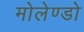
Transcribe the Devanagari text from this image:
मोलेण्डो